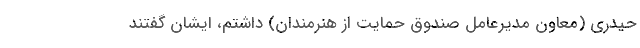
حیدری (معاون مدیرعامل صندوق حمایت از هنرمندان) داشتم، ایشان گفتند